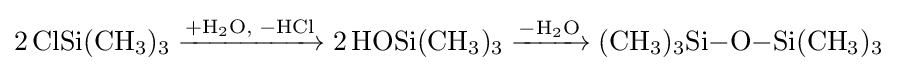
{2\,\mathrm {ClSi} (\mathrm {CH} {\vphantom {A}}_{\smash[{t}]{3}}){\vphantom {A}}_{\smash[{t}]{3}}{}\mathrel {\xrightarrow {\mathrm {+H_{2}O,\;-HCl} } } {}}{2\,\mathrm {HOSi} (\mathrm {CH} {\vphantom {A}}_{\smash[{t}]{3}}){\vphantom {A}}_{\smash[{t}]{3}}{}\mathrel {\xrightarrow {\mathrm {-H_{2}O} } } {}(\mathrm {CH} {\vphantom {A}}_{\smash[{t}]{3}}){\vphantom {A}}_{\smash[{t}]{3}}\mathrm {Si} {-}\mathrm {O} {-}\mathrm {Si} (\mathrm {CH} {\vphantom {A}}_{\smash[{t}]{3}}){\vphantom {A}}_{\smash[{t}]{3}}}